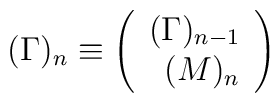
(\Gamma)_n\equiv\left (\begin{array}{rr} (\Gamma)_{n-1}\\\ (M)_{n}\end{array}\right)